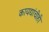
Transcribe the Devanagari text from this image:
कायद्यांचीही